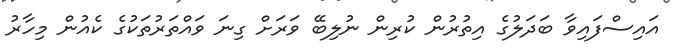
އައިސްފައިވާ ބަދަލުގެ އިތުރުން ކުރިން ނުލިބޭ ވަރަށް ގިނަ ވައްތަރުތަކުގެ ކެއުން މިހާރު